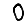
Digit: 0